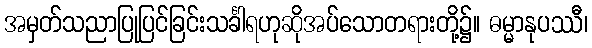
အမှတ်သညာပြုပြင်ခြင်းသင်္ခါရဟုဆိုအပ်သောတရားတို့၌။ ဓမ္မာနုပဿီ၊